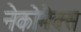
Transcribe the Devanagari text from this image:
नेकोमैक्स